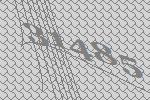
31485